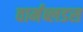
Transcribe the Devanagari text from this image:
वार्मब्लडस